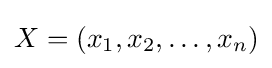
X=(x_{1},x_{2},\dots ,x_{n})